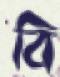
বি